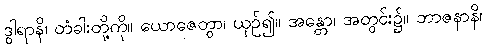
ဒွါရာနိ၊ တံခါးတို့ကို။ ယောဇေတွာ၊ ယှဉ်၍။ အန္တော၊ အတွင်း၌။ ဘာဇနာနိ၊